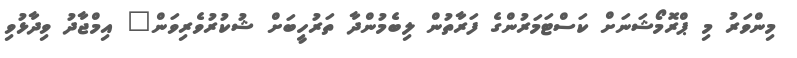
މިންވަރު މި ޕްރޮމޯޝަނަށް ކަސްޓަމަރުންގެ ފަރާތުން ލިބެމުންދާ ތަރުހީބަށް ޝުކުރުވެރިވަން" އިމްޖާދު ވިދާޅުވި